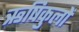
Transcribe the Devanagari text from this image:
ऋषिकुलों